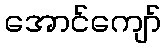
အောင်ကျော်